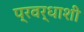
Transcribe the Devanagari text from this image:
प्रवर्धाशी